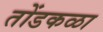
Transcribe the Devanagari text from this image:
तोंडकळा